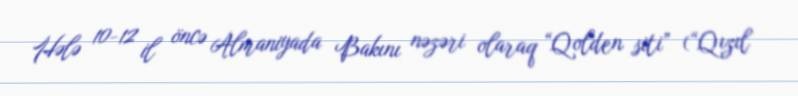
Hələ 10-12 il öncə Almaniyada Bakını nəzəri olaraq “Qolden siti” (“Qızıl